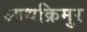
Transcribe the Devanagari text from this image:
आथक्रिमुर